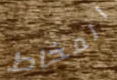
المخاط